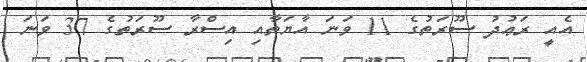
އެއީ ރަޢުދު ސޫރަތުގެ 11 ވަނަ އާޔަތާއި އިސްރާ ސޫރަތުގެ 37 ވަނަ